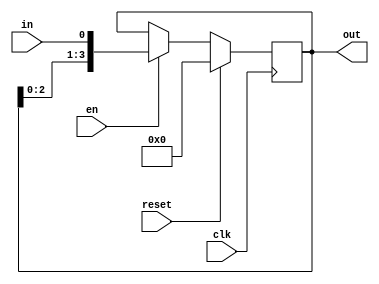
module serial_pal(clk,reset,en,in,out);
input clk,reset,en,in;
output[3:0] out;
reg[3:0] out;

always @(posedge clk)
begin
if(reset) 	out<=4'h0;
else if(en) 	out<={out,in};
end
endmodule